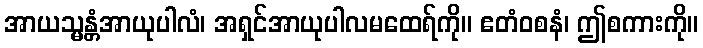
အာယသ္မန္တံအာယုပါလံ၊ အရှင်အာယုပါလမထေရ်ကို။ ဧတံဝစနံ၊ ဤစကားကို။